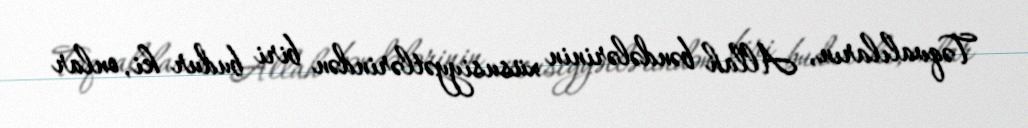
Təqvalıların, Allah bəndələrinin xüsusiyyətlərindən biri budur ki, onlar